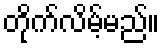
တိုက်လိမ့်မည်။